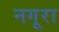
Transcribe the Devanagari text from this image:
नगूरा